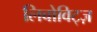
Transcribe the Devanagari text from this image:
लिबोविट्ज़